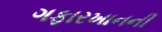
ગફારખાનની